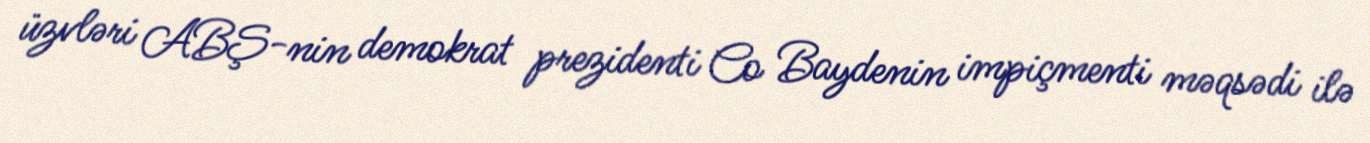
üzvləri ABŞ-nin demokrat prezidenti Co Baydenin impiçmenti məqsədi ilə